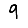
Digit: 9